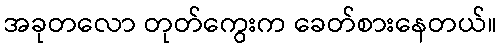
အခုတလော တုတ်ကွေးက ခေတ်စားနေတယ်။